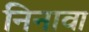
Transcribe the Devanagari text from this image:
निनावा